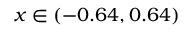
x \in ( - 0 . 6 4 , 0 . 6 4 )